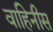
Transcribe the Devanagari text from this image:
वाहिनीस